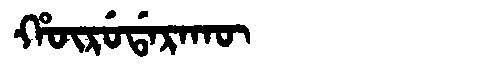
Manchu: ᡥᡡᡵᡠᡩᠠᡵᠠᡴᡡ
Romanization: HŪRUDARAKŪ